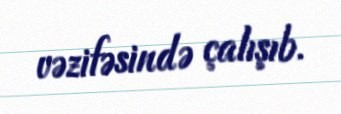
vəzifəsində çalışıb.